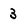
Character: 3